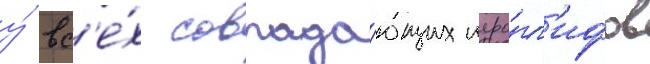
у́ вс'е́х совпада́ющих иеро́гл'ифов